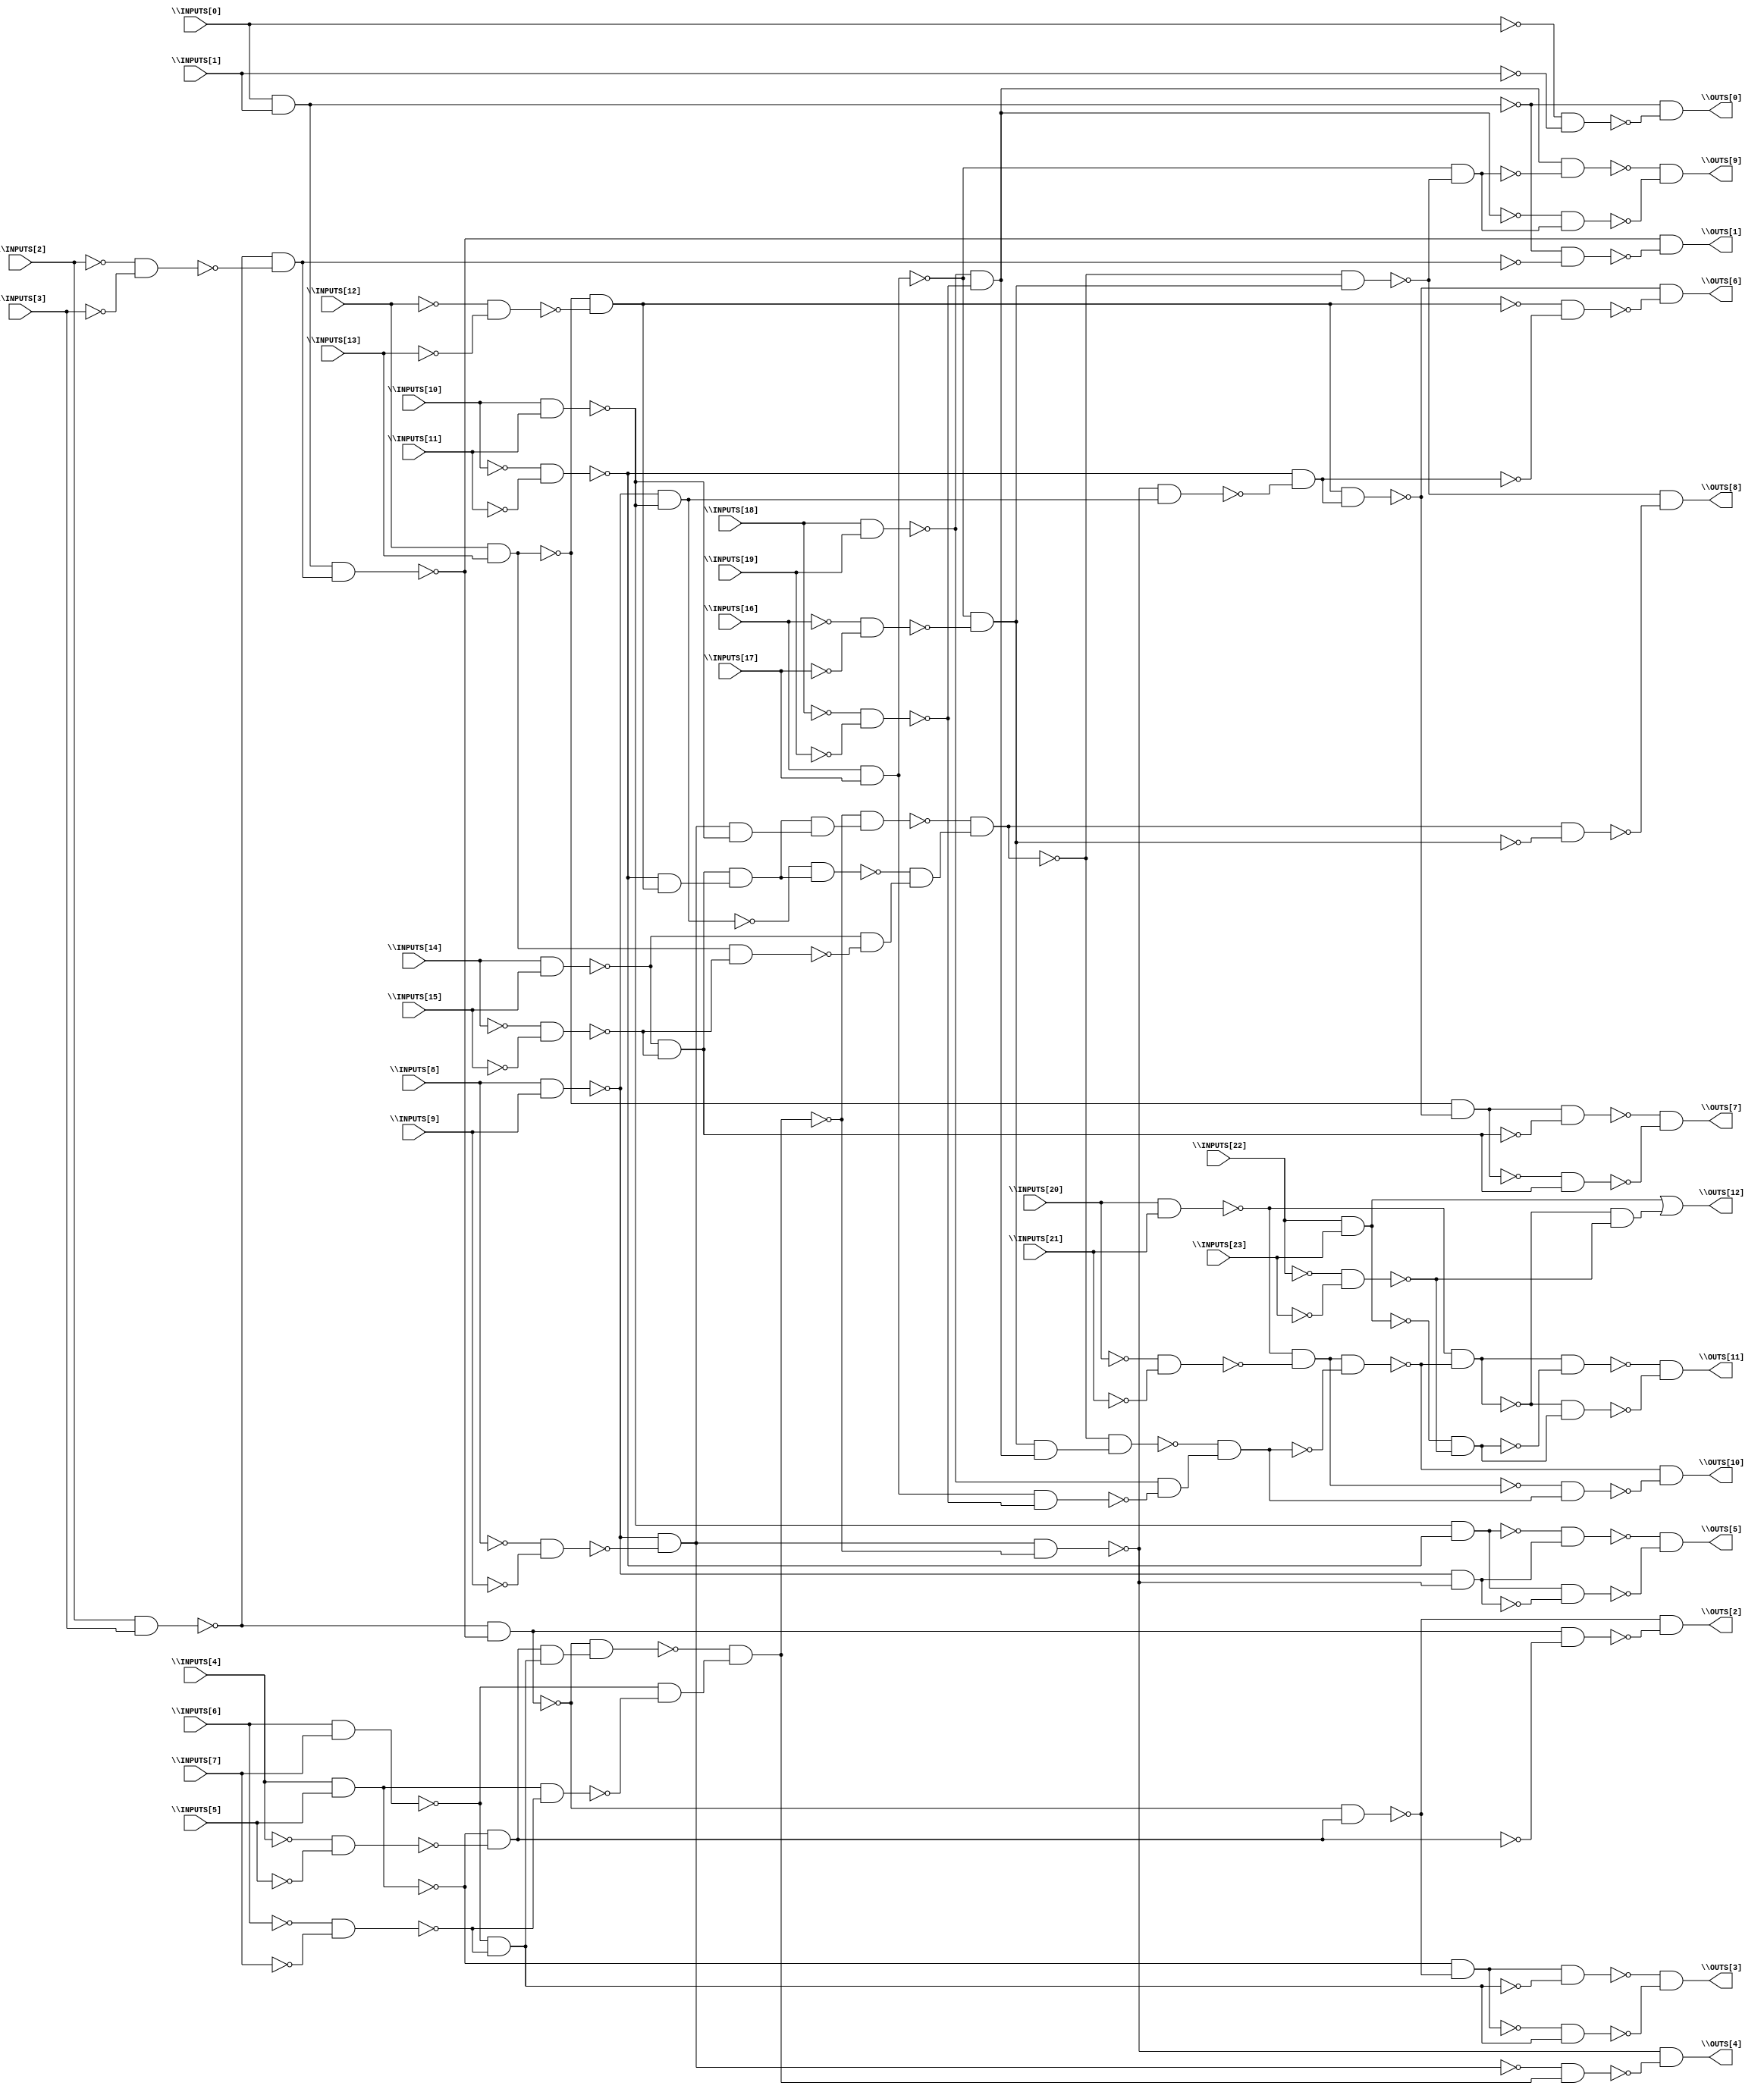
// Benchmark "BrentKung" written by ABC on Sat Dec 04 19:20:53 2021

module BrentKung ( 
    \INPUTS[0] , \INPUTS[1] , \INPUTS[2] , \INPUTS[3] , \INPUTS[4] ,
    \INPUTS[5] , \INPUTS[6] , \INPUTS[7] , \INPUTS[8] , \INPUTS[9] ,
    \INPUTS[10] , \INPUTS[11] , \INPUTS[12] , \INPUTS[13] , \INPUTS[14] ,
    \INPUTS[15] , \INPUTS[16] , \INPUTS[17] , \INPUTS[18] , \INPUTS[19] ,
    \INPUTS[20] , \INPUTS[21] , \INPUTS[22] , \INPUTS[23] ,
    \OUTS[0] , \OUTS[1] , \OUTS[2] , \OUTS[3] , \OUTS[4] , \OUTS[5] ,
    \OUTS[6] , \OUTS[7] , \OUTS[8] , \OUTS[9] , \OUTS[10] , \OUTS[11] ,
    \OUTS[12]   );
  input  \INPUTS[0] , \INPUTS[1] , \INPUTS[2] , \INPUTS[3] , \INPUTS[4] ,
    \INPUTS[5] , \INPUTS[6] , \INPUTS[7] , \INPUTS[8] , \INPUTS[9] ,
    \INPUTS[10] , \INPUTS[11] , \INPUTS[12] , \INPUTS[13] , \INPUTS[14] ,
    \INPUTS[15] , \INPUTS[16] , \INPUTS[17] , \INPUTS[18] , \INPUTS[19] ,
    \INPUTS[20] , \INPUTS[21] , \INPUTS[22] , \INPUTS[23] ;
  output \OUTS[0] , \OUTS[1] , \OUTS[2] , \OUTS[3] , \OUTS[4] , \OUTS[5] ,
    \OUTS[6] , \OUTS[7] , \OUTS[8] , \OUTS[9] , \OUTS[10] , \OUTS[11] ,
    \OUTS[12] ;
  wire new_n38_, new_n39_, new_n41_, new_n42_, new_n43_, new_n44_, new_n45_,
    new_n47_, new_n48_, new_n49_, new_n50_, new_n51_, new_n52_, new_n54_,
    new_n55_, new_n56_, new_n57_, new_n58_, new_n59_, new_n61_, new_n62_,
    new_n63_, new_n64_, new_n65_, new_n66_, new_n67_, new_n68_, new_n69_,
    new_n70_, new_n72_, new_n73_, new_n74_, new_n75_, new_n76_, new_n77_,
    new_n79_, new_n80_, new_n81_, new_n82_, new_n83_, new_n84_, new_n85_,
    new_n86_, new_n88_, new_n89_, new_n90_, new_n91_, new_n92_, new_n93_,
    new_n95_, new_n96_, new_n97_, new_n98_, new_n99_, new_n100_, new_n101_,
    new_n102_, new_n103_, new_n104_, new_n105_, new_n106_, new_n107_,
    new_n108_, new_n109_, new_n111_, new_n112_, new_n113_, new_n114_,
    new_n115_, new_n116_, new_n118_, new_n119_, new_n120_, new_n121_,
    new_n122_, new_n123_, new_n124_, new_n125_, new_n126_, new_n127_,
    new_n129_, new_n130_, new_n131_, new_n132_, new_n133_, new_n134_,
    new_n136_;
  assign new_n38_ = \INPUTS[0]  & \INPUTS[1] ;
  assign new_n39_ = ~\INPUTS[0]  & ~\INPUTS[1] ;
  assign \OUTS[0]  = ~new_n38_ & ~new_n39_;
  assign new_n41_ = \INPUTS[2]  & \INPUTS[3] ;
  assign new_n42_ = ~\INPUTS[2]  & ~\INPUTS[3] ;
  assign new_n43_ = ~new_n41_ & ~new_n42_;
  assign new_n44_ = new_n38_ & new_n43_;
  assign new_n45_ = ~new_n38_ & ~new_n43_;
  assign \OUTS[1]  = ~new_n44_ & ~new_n45_;
  assign new_n47_ = ~new_n41_ & ~new_n44_;
  assign new_n48_ = \INPUTS[4]  & \INPUTS[5] ;
  assign new_n49_ = ~\INPUTS[4]  & ~\INPUTS[5] ;
  assign new_n50_ = ~new_n48_ & ~new_n49_;
  assign new_n51_ = ~new_n47_ & new_n50_;
  assign new_n52_ = new_n47_ & ~new_n50_;
  assign \OUTS[2]  = ~new_n51_ & ~new_n52_;
  assign new_n54_ = ~new_n48_ & ~new_n51_;
  assign new_n55_ = \INPUTS[6]  & \INPUTS[7] ;
  assign new_n56_ = ~\INPUTS[6]  & ~\INPUTS[7] ;
  assign new_n57_ = ~new_n55_ & ~new_n56_;
  assign new_n58_ = new_n54_ & ~new_n57_;
  assign new_n59_ = ~new_n54_ & new_n57_;
  assign \OUTS[3]  = ~new_n58_ & ~new_n59_;
  assign new_n61_ = \INPUTS[8]  & \INPUTS[9] ;
  assign new_n62_ = ~\INPUTS[8]  & ~\INPUTS[9] ;
  assign new_n63_ = ~new_n61_ & ~new_n62_;
  assign new_n64_ = new_n50_ & new_n57_;
  assign new_n65_ = ~new_n47_ & new_n64_;
  assign new_n66_ = new_n48_ & ~new_n56_;
  assign new_n67_ = ~new_n55_ & ~new_n66_;
  assign new_n68_ = ~new_n65_ & new_n67_;
  assign new_n69_ = new_n63_ & ~new_n68_;
  assign new_n70_ = ~new_n63_ & new_n68_;
  assign \OUTS[4]  = ~new_n69_ & ~new_n70_;
  assign new_n72_ = \INPUTS[10]  & \INPUTS[11] ;
  assign new_n73_ = ~\INPUTS[10]  & ~\INPUTS[11] ;
  assign new_n74_ = ~new_n72_ & ~new_n73_;
  assign new_n75_ = ~new_n61_ & ~new_n69_;
  assign new_n76_ = ~new_n74_ & new_n75_;
  assign new_n77_ = new_n74_ & ~new_n75_;
  assign \OUTS[5]  = ~new_n76_ & ~new_n77_;
  assign new_n79_ = \INPUTS[12]  & \INPUTS[13] ;
  assign new_n80_ = ~\INPUTS[12]  & ~\INPUTS[13] ;
  assign new_n81_ = ~new_n79_ & ~new_n80_;
  assign new_n82_ = ~new_n61_ & ~new_n72_;
  assign new_n83_ = ~new_n69_ & new_n82_;
  assign new_n84_ = ~new_n73_ & ~new_n83_;
  assign new_n85_ = new_n81_ & new_n84_;
  assign new_n86_ = ~new_n81_ & ~new_n84_;
  assign \OUTS[6]  = ~new_n85_ & ~new_n86_;
  assign new_n88_ = ~new_n79_ & ~new_n85_;
  assign new_n89_ = \INPUTS[14]  & \INPUTS[15] ;
  assign new_n90_ = ~\INPUTS[14]  & ~\INPUTS[15] ;
  assign new_n91_ = ~new_n89_ & ~new_n90_;
  assign new_n92_ = new_n88_ & ~new_n91_;
  assign new_n93_ = ~new_n88_ & new_n91_;
  assign \OUTS[7]  = ~new_n92_ & ~new_n93_;
  assign new_n95_ = ~new_n73_ & new_n81_;
  assign new_n96_ = new_n91_ & new_n95_;
  assign new_n97_ = new_n63_ & ~new_n72_;
  assign new_n98_ = new_n96_ & new_n97_;
  assign new_n99_ = ~new_n68_ & new_n98_;
  assign new_n100_ = ~new_n82_ & new_n96_;
  assign new_n101_ = new_n79_ & ~new_n90_;
  assign new_n102_ = ~new_n89_ & ~new_n101_;
  assign new_n103_ = ~new_n100_ & new_n102_;
  assign new_n104_ = ~new_n99_ & new_n103_;
  assign new_n105_ = \INPUTS[16]  & \INPUTS[17] ;
  assign new_n106_ = ~\INPUTS[16]  & ~\INPUTS[17] ;
  assign new_n107_ = ~new_n105_ & ~new_n106_;
  assign new_n108_ = ~new_n104_ & new_n107_;
  assign new_n109_ = new_n104_ & ~new_n107_;
  assign \OUTS[8]  = ~new_n108_ & ~new_n109_;
  assign new_n111_ = \INPUTS[18]  & \INPUTS[19] ;
  assign new_n112_ = ~\INPUTS[18]  & ~\INPUTS[19] ;
  assign new_n113_ = ~new_n111_ & ~new_n112_;
  assign new_n114_ = ~new_n105_ & ~new_n108_;
  assign new_n115_ = new_n113_ & ~new_n114_;
  assign new_n116_ = ~new_n113_ & new_n114_;
  assign \OUTS[9]  = ~new_n115_ & ~new_n116_;
  assign new_n118_ = \INPUTS[20]  & \INPUTS[21] ;
  assign new_n119_ = ~\INPUTS[20]  & ~\INPUTS[21] ;
  assign new_n120_ = ~new_n118_ & ~new_n119_;
  assign new_n121_ = new_n107_ & new_n113_;
  assign new_n122_ = ~new_n104_ & new_n121_;
  assign new_n123_ = new_n105_ & ~new_n112_;
  assign new_n124_ = ~new_n111_ & ~new_n123_;
  assign new_n125_ = ~new_n122_ & new_n124_;
  assign new_n126_ = new_n120_ & ~new_n125_;
  assign new_n127_ = ~new_n120_ & new_n125_;
  assign \OUTS[10]  = ~new_n126_ & ~new_n127_;
  assign new_n129_ = ~new_n118_ & ~new_n126_;
  assign new_n130_ = \INPUTS[22]  & \INPUTS[23] ;
  assign new_n131_ = ~\INPUTS[22]  & ~\INPUTS[23] ;
  assign new_n132_ = ~new_n130_ & ~new_n131_;
  assign new_n133_ = new_n129_ & ~new_n132_;
  assign new_n134_ = ~new_n129_ & new_n132_;
  assign \OUTS[11]  = ~new_n133_ & ~new_n134_;
  assign new_n136_ = ~new_n129_ & ~new_n131_;
  assign \OUTS[12]  = new_n130_ | new_n136_;
endmodule